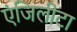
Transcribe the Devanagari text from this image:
एंजिलीटा